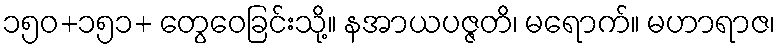
၁၅၀+၁၅၁+ တွေဝေခြင်းသို့။ နအာယပဇ္ဇတိ၊ မရောက်။ မဟာရာဇ၊